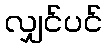
လျှင်ပင်